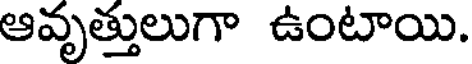
ఆవృత్తులుగా ఉంటాయి.